Vaccination in the Punjab 1919-1929 - 1919-1929
Year: 1919
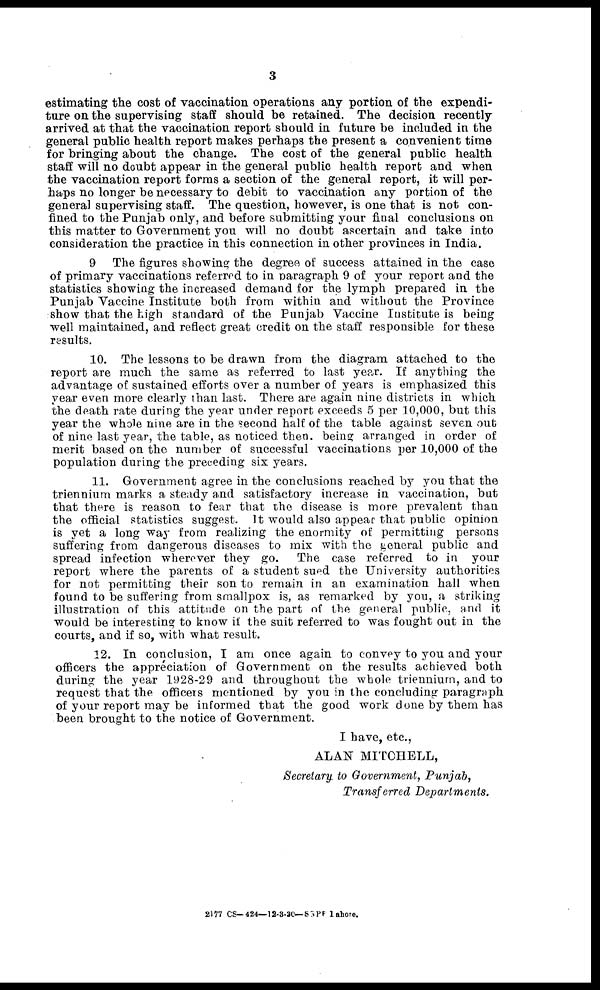
3
estimating the cost of vaccination operations any portion of the expendi-
ture on the supervising staff should be retained. The decision recently
arrived at that the vaccination report should in future be included in the
general public health report makes perhaps the present a convenient time
for bringing about the change. The cost of the general public health
staff will no doubt appear in the general public health report and when
the vaccination report forms a section of the general report, it will per-
haps no longer be necessary to debit to vaccination any portion of the
general supervising staff. The question, however, is one that is not con-
fined to the Punjab only, and before submitting your final conclusions on
this matter to Government you will no doubt ascertain and take into
consideration the practice in this connection in other provinces in India.
9 The figures showing the degree of success attained in the case
of primary vaccinations referred to in paragraph 9 of your report and the
statistics showing the increased demand for the lymph prepared in the
Punjab Vaccine Institute both from within and without the Province
show that the high standard of the Punjab Vaccine Institute is being
well maintained, and reflect great credit on the staff responsible for these
results.
10. The lessons to be drawn from the diagram attached to the
report are much the same as referred to last year. If anything the
advantage of sustained efforts over a number of years is emphasized this
year even more clearly than last. There are again nine districts in which
the death rate during the year under report exceeds 5 per 10,000, but this
year the whole nine are in the second half of the table against seven out
of nine last year, the table, as noticed then. being arranged in order of
merit based on the number of successful vaccinations per 10,000 of the
population during the preceding six years.
11. Government agree in the conclusions reached by you that the
triennium marks a steady and satisfactory increase in vaccination, but
that there is reason to fear that the disease is more prevalent than
the official statistics suggest. It would also appear that public opinion
is yet a long way from realizing the enormity of permitting persons
suffering from dangerous diseases to mix with the general public and
spread infection wherever they go. The case referred to in your
report where the parents of a student sued the University authorities
for not permitting their son to remain in an examination hall when
found to be suffering from smallpox is, as remarked by you, a striking
illustration of this attitude on the part of the general public, and it
would be interesting to know if the suit referred to was fought out in the
courts, and if so, with what result.
12. In conclusion, I am once again to convey to you and your
officers the appreciation of Government on the results achieved both
during the year 1928-29 and throughout the whole triennium, and to
request that the officers mentioned by you in the concluding paragraph
of your report may be informed that the good work done by them has
been brought to the notice of Government.
I have, etc.,
ALAN MITCHELL,
Secretary to Government, Punjab,
Transferred
Departments.
2177 CS—424—12-3-30—SGPP Lahore.